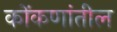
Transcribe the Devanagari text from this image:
कोंकणांतील